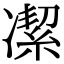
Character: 㓗